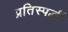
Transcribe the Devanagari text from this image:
प्रतिस्‍पर्द्धी